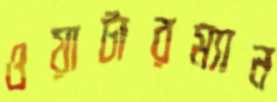
ওয়াটারম্যান